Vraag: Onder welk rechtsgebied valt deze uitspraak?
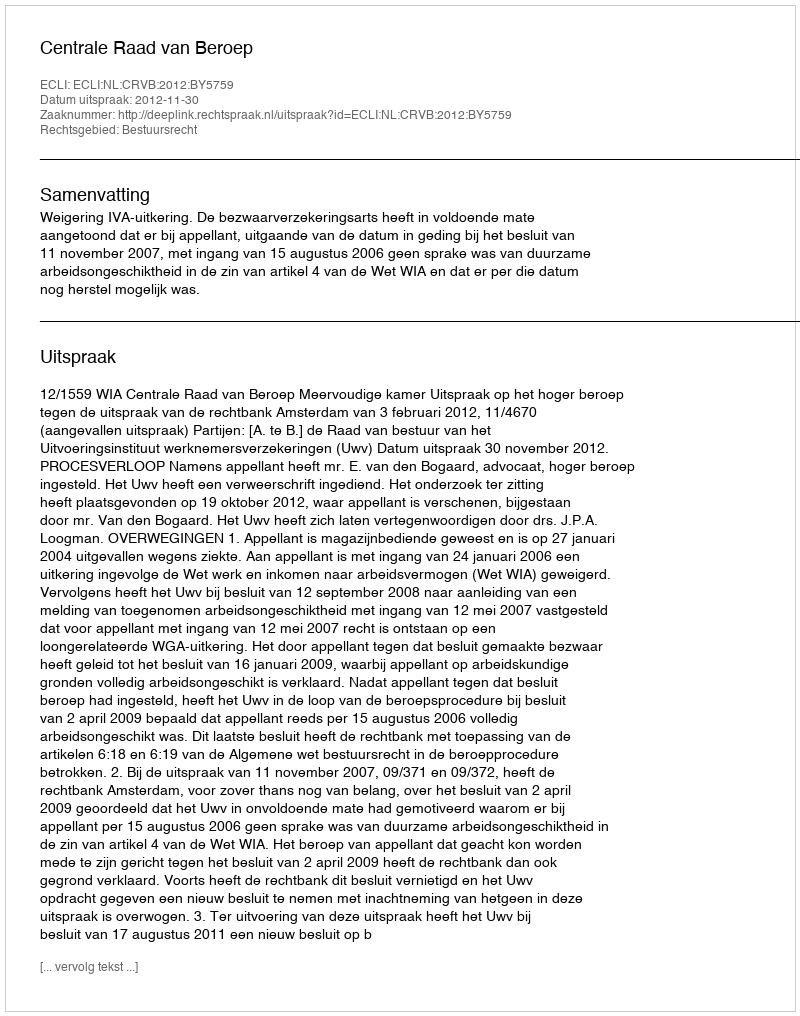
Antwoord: Bestuursrecht